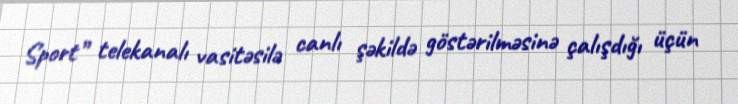
Sport” telekanalı vasitəsilə canlı şəkildə göstərilməsinə çalışdığı üçün